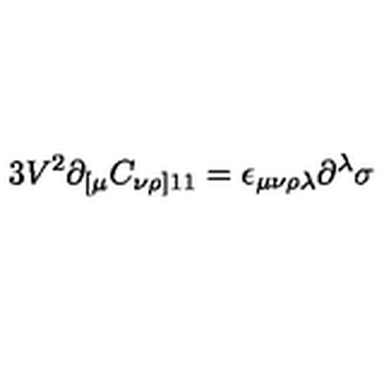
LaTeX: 3 V ^ { 2 } \partial _ { [ \mu } C _ { \nu \rho ] 1 1 } = \epsilon _ { \mu \nu \rho \lambda } \partial ^ { \lambda } \sigma